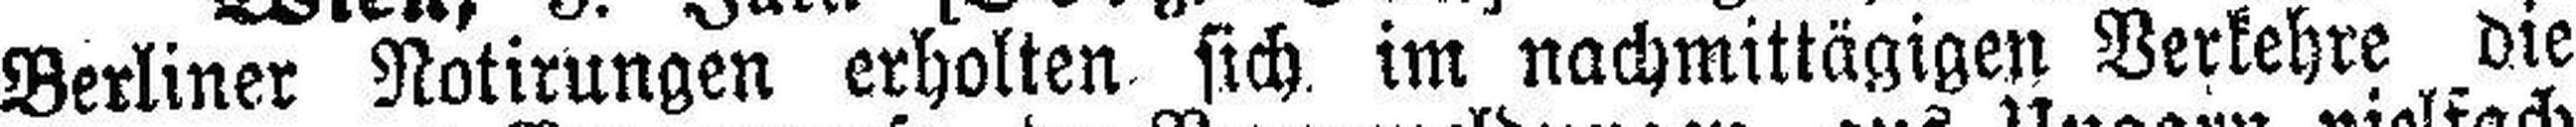
Berliner Notirungen erholten sich im nachmittägigen Verkehre die